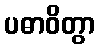
ပဓာဝိတွာ